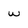
Character: w